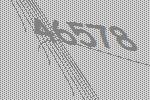
46578